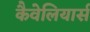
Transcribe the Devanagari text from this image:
कैवेलियार्स